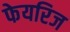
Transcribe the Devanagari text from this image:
फेयरिज